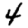
Digit: 4